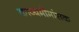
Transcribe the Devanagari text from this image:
काव्यमीमांसक